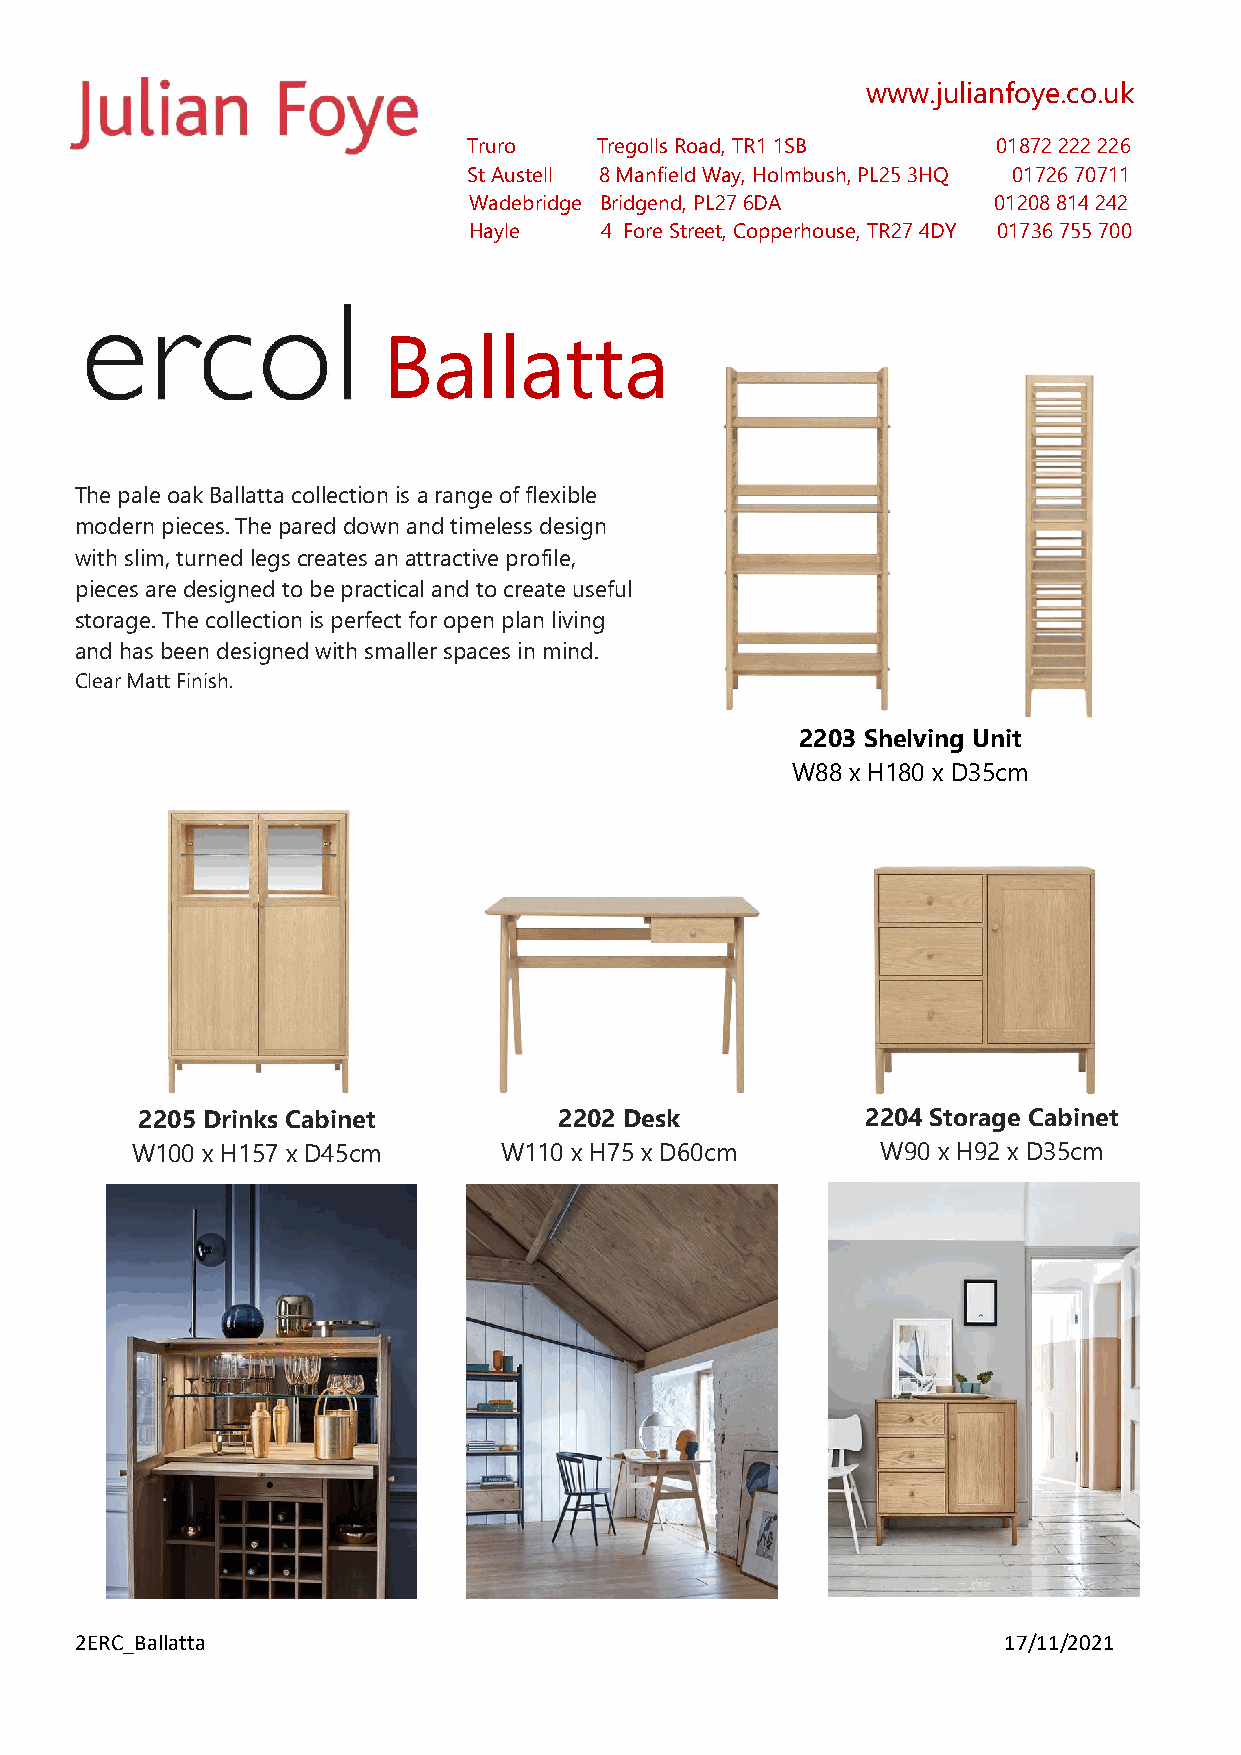
www.julianfoye.co.uk
 Truro   Tregolls Road, TR1 1SB     01872 222 226
 St Austell 8 Manfield Way, Holmbush, PL25 3HQ 01726 70711
 Wadebridge Bridgend, PL27 6DA      01208 814 242
 Hayle    4 Fore Street, Copperhouse, TR27 4DY 01736 755 700
 Ballatta
 The pale oak Ballatta collection is a range of flexible
 modern pieces. The pared down and timeless design
 with slim, turned legs creates an attractive profile,
 pieces are designed to be practical and to create useful
 storage. The collection is perfect for open plan living
 and has been designed with smaller spaces in mind.
 Clear Matt Finish.
 2203 Shelving Unit
 W88 x H180 x D35cm
 2205 Drinks Cabinet         2202 Desk           2204 Storage Cabinet
 W100 x H157 x D45cm     W110 x H75 x D60cm       W90 x H92 x D35cm
 2ERC_Ballatta                                                17/11/2021